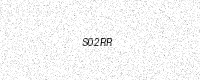
Text: S02RR